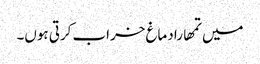
میں تمھارا دماغ خراب کرتی ہوں۔